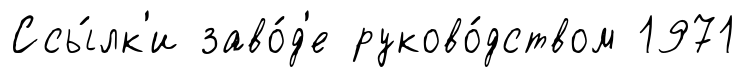
Ссы́лк'и заво́д'е руково́дством 1971